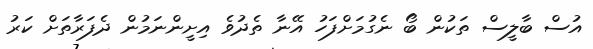
އުސް ބާލީސް ތަކުން ބޯ ނެގުމަށްފަހު އޭނާ ތެދުވެ އިށީންނަމުން ދެފަރާތަށް ކަރު